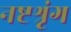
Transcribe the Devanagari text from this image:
नष्टश्रृंग